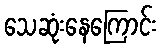
သေဆုံးနေကြောင်း